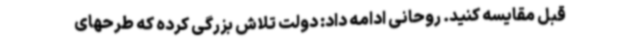
قبل مقایسه کنید. روحانی ادامه داد: دولت تلاش بزرگی کرده که طرحهای